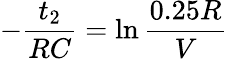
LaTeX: -\frac{t_{2}}{RC}=\ln{\frac{0.25R}{V}}